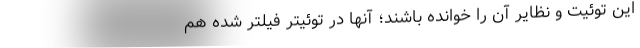
این توئیت و نظایر آن را خوانده باشند؛ آنها در توئیتر فیلتر شده هم